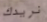
نريدك